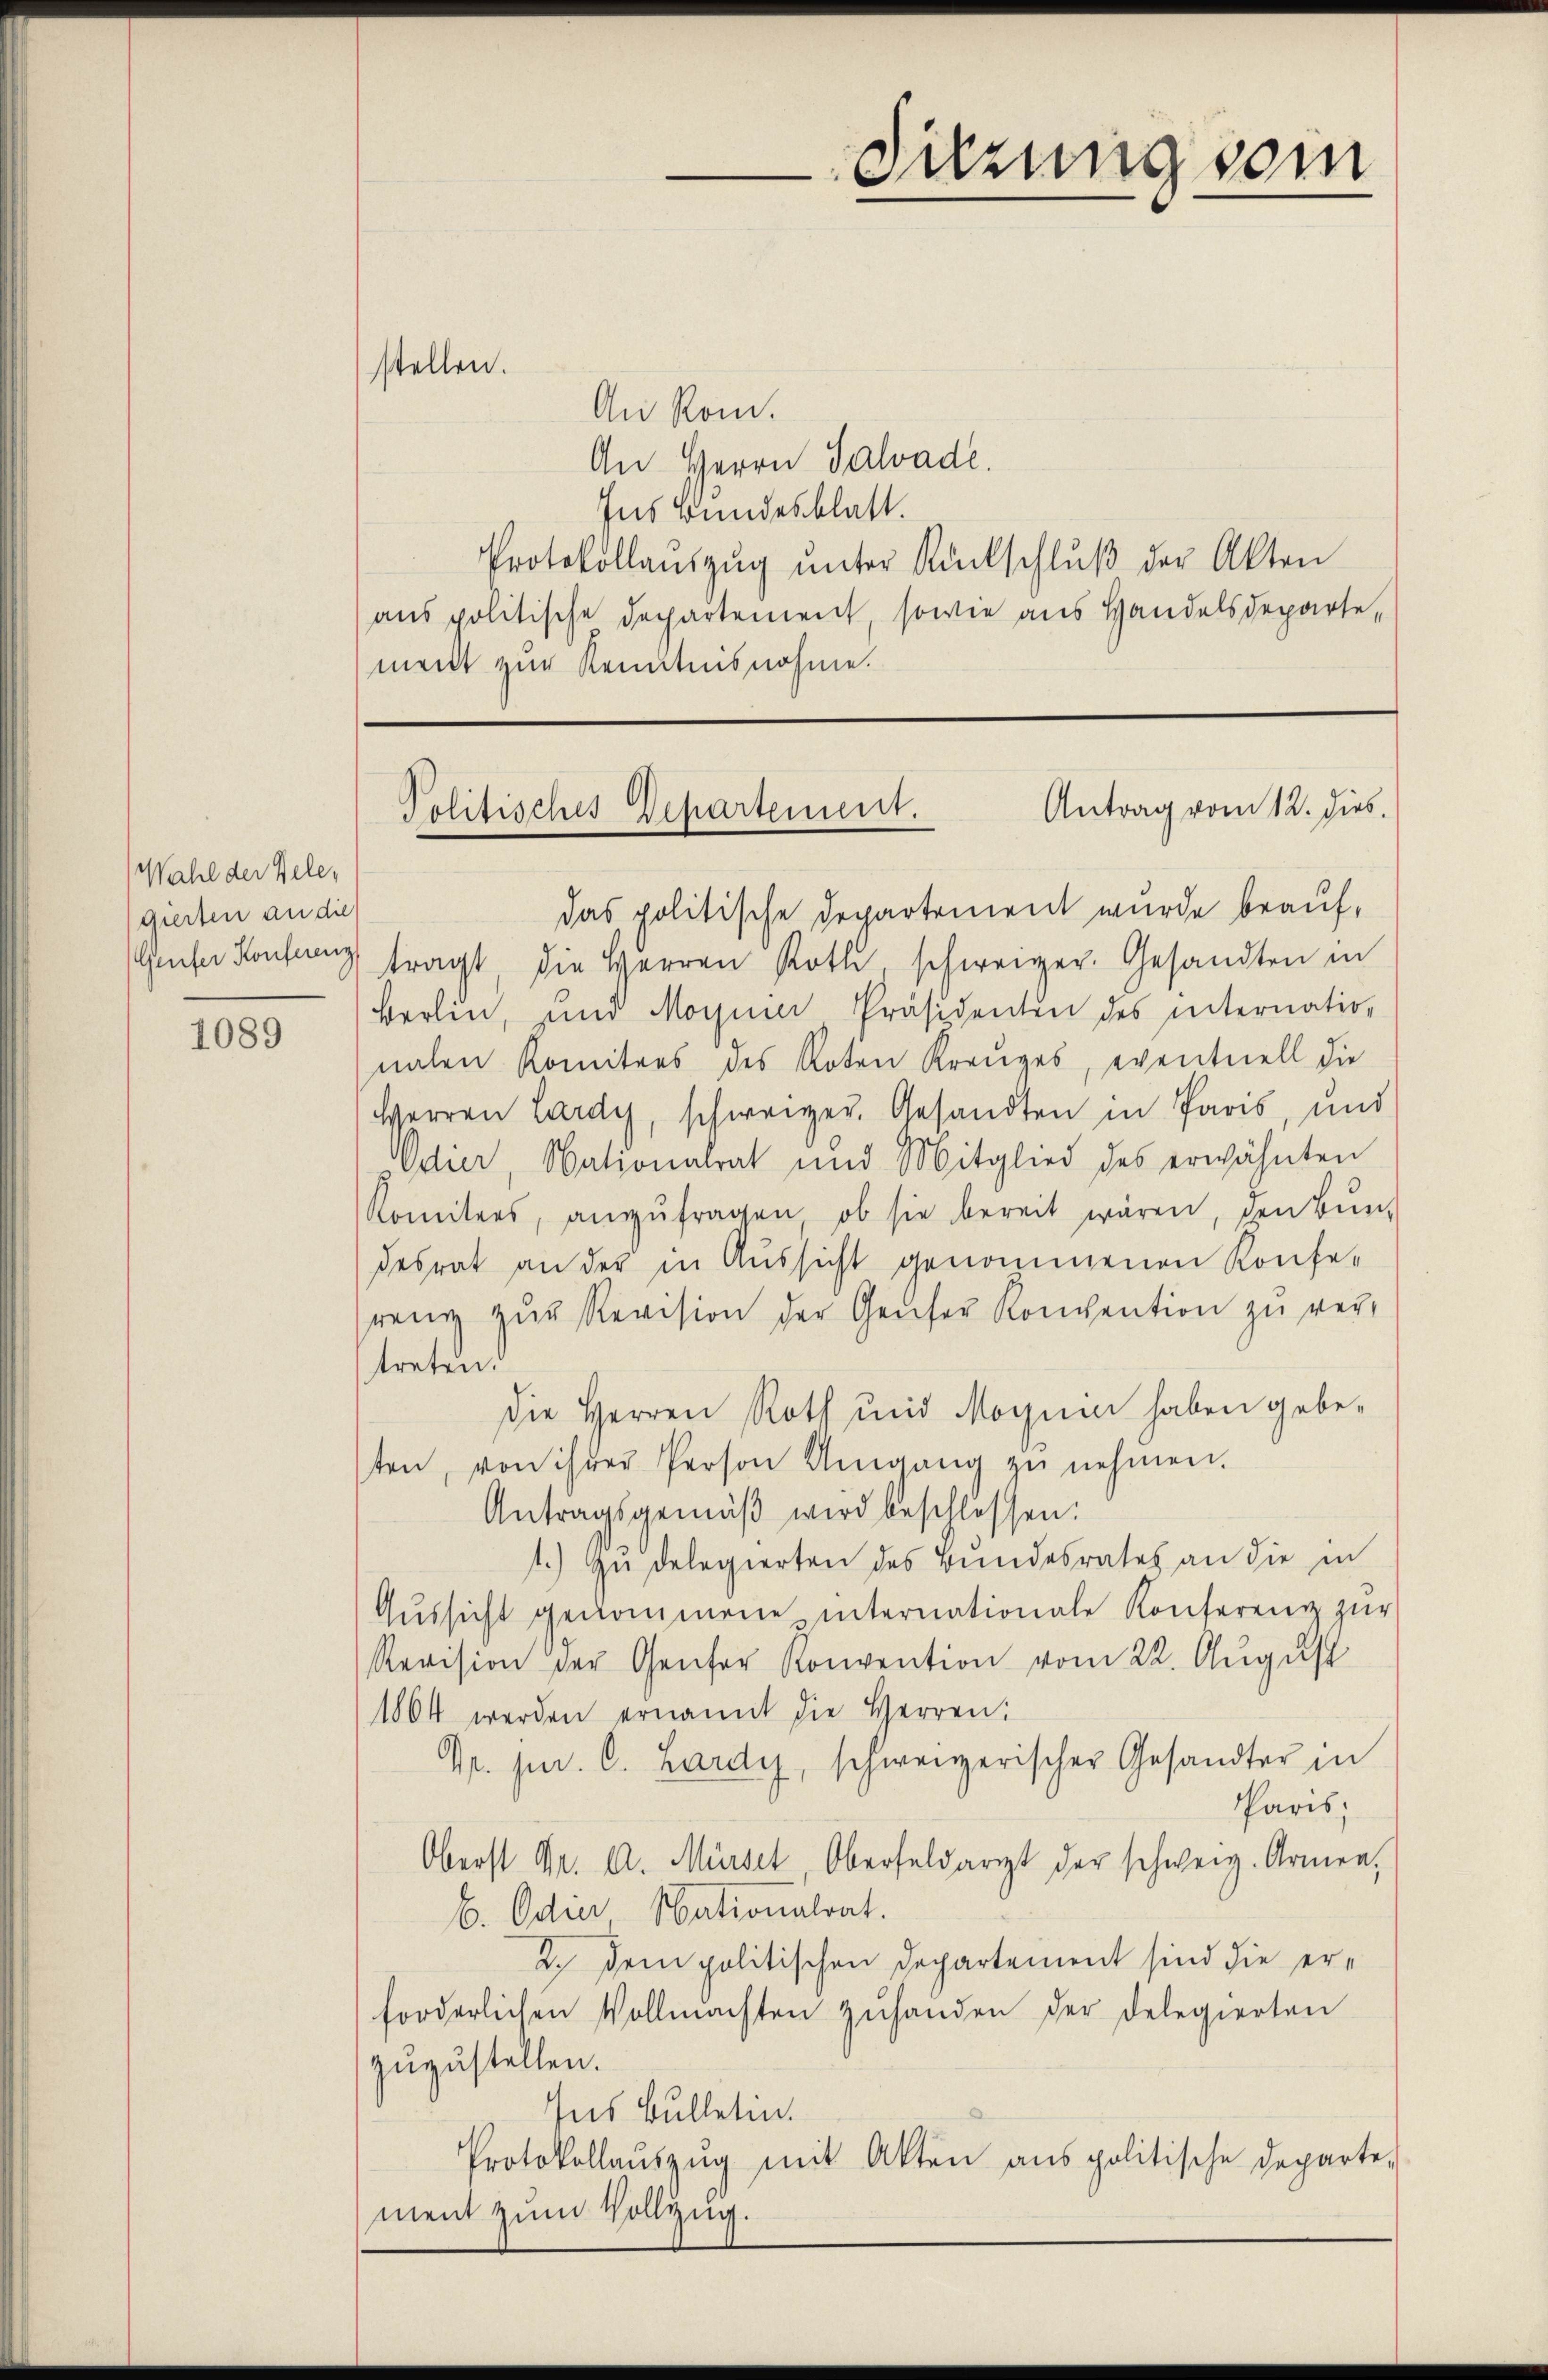
Wahl der Gelegierten an die

1089

An Rom.
An Herrn Salvade.
Ins Bundesblatt.
Protokollaŭszŭg ŭnter Rückschlŭβ der Akten
aus politische Departement, sowie aus Handelsdeparte,
ment zur Kenntnisnahme.

stellen.

das politische Departement wurde beaufeser Konferen tragt, die Herren Roth schweiger. Gesandten in
Berlin, und Magnie Präsidenten des internation
nalen Komitees des Roten Kreŭzes, eventuell die
Herren Lardy, schweizer. Gesandten in Paris, und
Odier, Nationalrat und Mitglied des erwähnten
Komitees, anzŭfragen, ob sie bereit wären, den Bun-
desrat an der in Aussicht genommenen Konfe-
reng zŭr Revision der Geser Konvention zu vertreten.
Die Herren Roth und Magnie haben gebeten, von ihrer Person Umgang zŭ nehmen.
Antragsgemäβ wird beschlossen:
1.) Zu delegierten des Bundesrates an die in
Aŭssicht genommene internationale Konferenz zŭr
Revision der Genfer Konvention vom 22. August
1864 werden ernannt die Herren:
Gr. jur. C. Lardy, schweizerischer Gesandter in
Paris;
Oberst Dr. A. Mürsel Oberfeldarzt der schweiz. Armen,
b. Odie Nationalrat.
2.) Dem politischen Departement sind die erforderlichen Vollmachten zŭ handen der Delegierten
zuzustellen.
Ins Bulletin.
Protokollaŭszŭg mit Akten aus politische Departe-
ment zum Vollzug.

Suzung vom

Antrag vom 12. dies.
Politisches Departement.